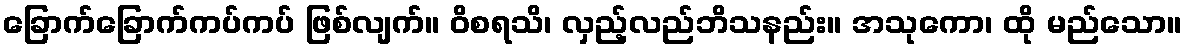
ခြောက်ခြောက်ကပ်ကပ် ဖြစ်လျက်။ ဝိစရသိ၊ လှည့်လည်ဘိသနည်း။ အသုကော၊ ထို မည်သော။